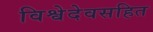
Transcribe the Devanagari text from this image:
विश्वेदेवसहित